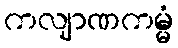
ကလျာဏကမ္မံ